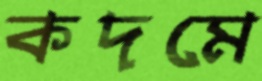
কদমে